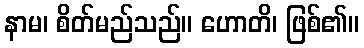
နာမ၊ စိတ်မည်သည်။ ဟောတိ၊ ဖြစ်၏။